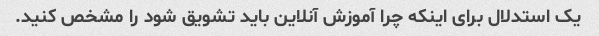
یک استدلال برای اینکه چرا آموزش آنلاین باید تشویق شود را مشخص کنید.